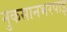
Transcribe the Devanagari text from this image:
नुकसानभरपाइ